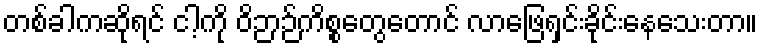
တစ်ခါကဆိုရင် ငါ့ကို ဝိဉာဉ်ကိစ္စတွေတောင် လာဖြေရှင်းခိုင်းနေသေးတာ။